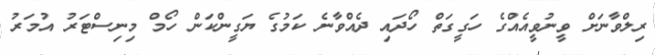
ރިލްވާނަށް ވީނުވީއެއްގެ ހަގީގަތް ހޯދައި ދެއްވާނެ ކަމުގެ ޔަގީންކަން ހޯމް މިނިސްޓަރު އުމަރު